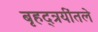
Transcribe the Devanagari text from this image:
बृहद्त्रयींतले